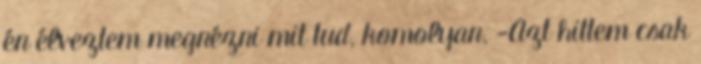
én élveztem megnézni mit tud, komolyan. -Azt hittem csak